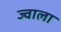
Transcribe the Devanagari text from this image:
ज्‍वाला